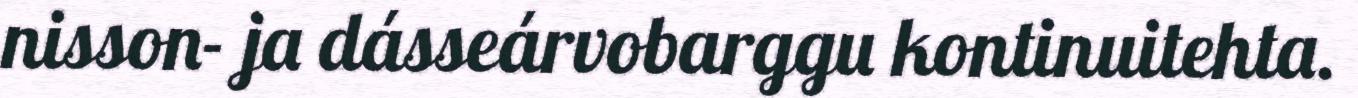
nisson- ja dásseárvobarggu kontinuitehta.